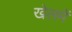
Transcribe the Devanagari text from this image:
खेलमें